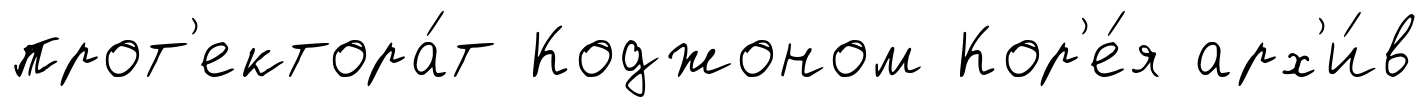
прот'ектора́т Коджоном Кор'е́я арх'и́в